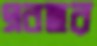
এবছর